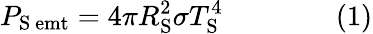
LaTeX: P_{\mathrm{{S\ emt}}}=4\pi R_{\mathrm{{S}}}^{2}\sigma T_{\mathrm{{S}}}^{4}\qquad\qquad(1)